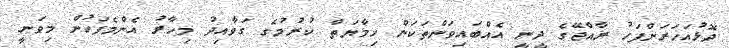
ދޮޅުއަހަރަށްފަހު ރާއްޖޭގެ ދީނީ އެއްބައިވަންތަކަން ހިމާޔަތް ކުރުމުގެ ގަވާއިދު މިހާރު އެންމެފަހުން މިވަނީ